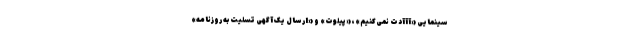
سینمایی «آآآدت نمی‌کنیم»، «پیلوت» و «ارسال یک آگهی تسلیت به روزنامه»